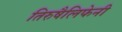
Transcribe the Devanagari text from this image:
तिरुषैलिफेनी